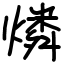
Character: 燐